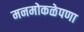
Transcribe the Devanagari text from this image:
मनमोकळेपणा